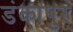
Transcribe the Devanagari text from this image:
डंकापुर